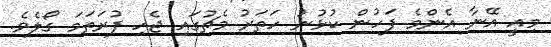
މިއީ އޭނާ އެންމެ ފަހުން ކުޅުނު ހަތަރު މެޗުގައި ޖެހި ފުރަތަމަ ގޯލެވެ.